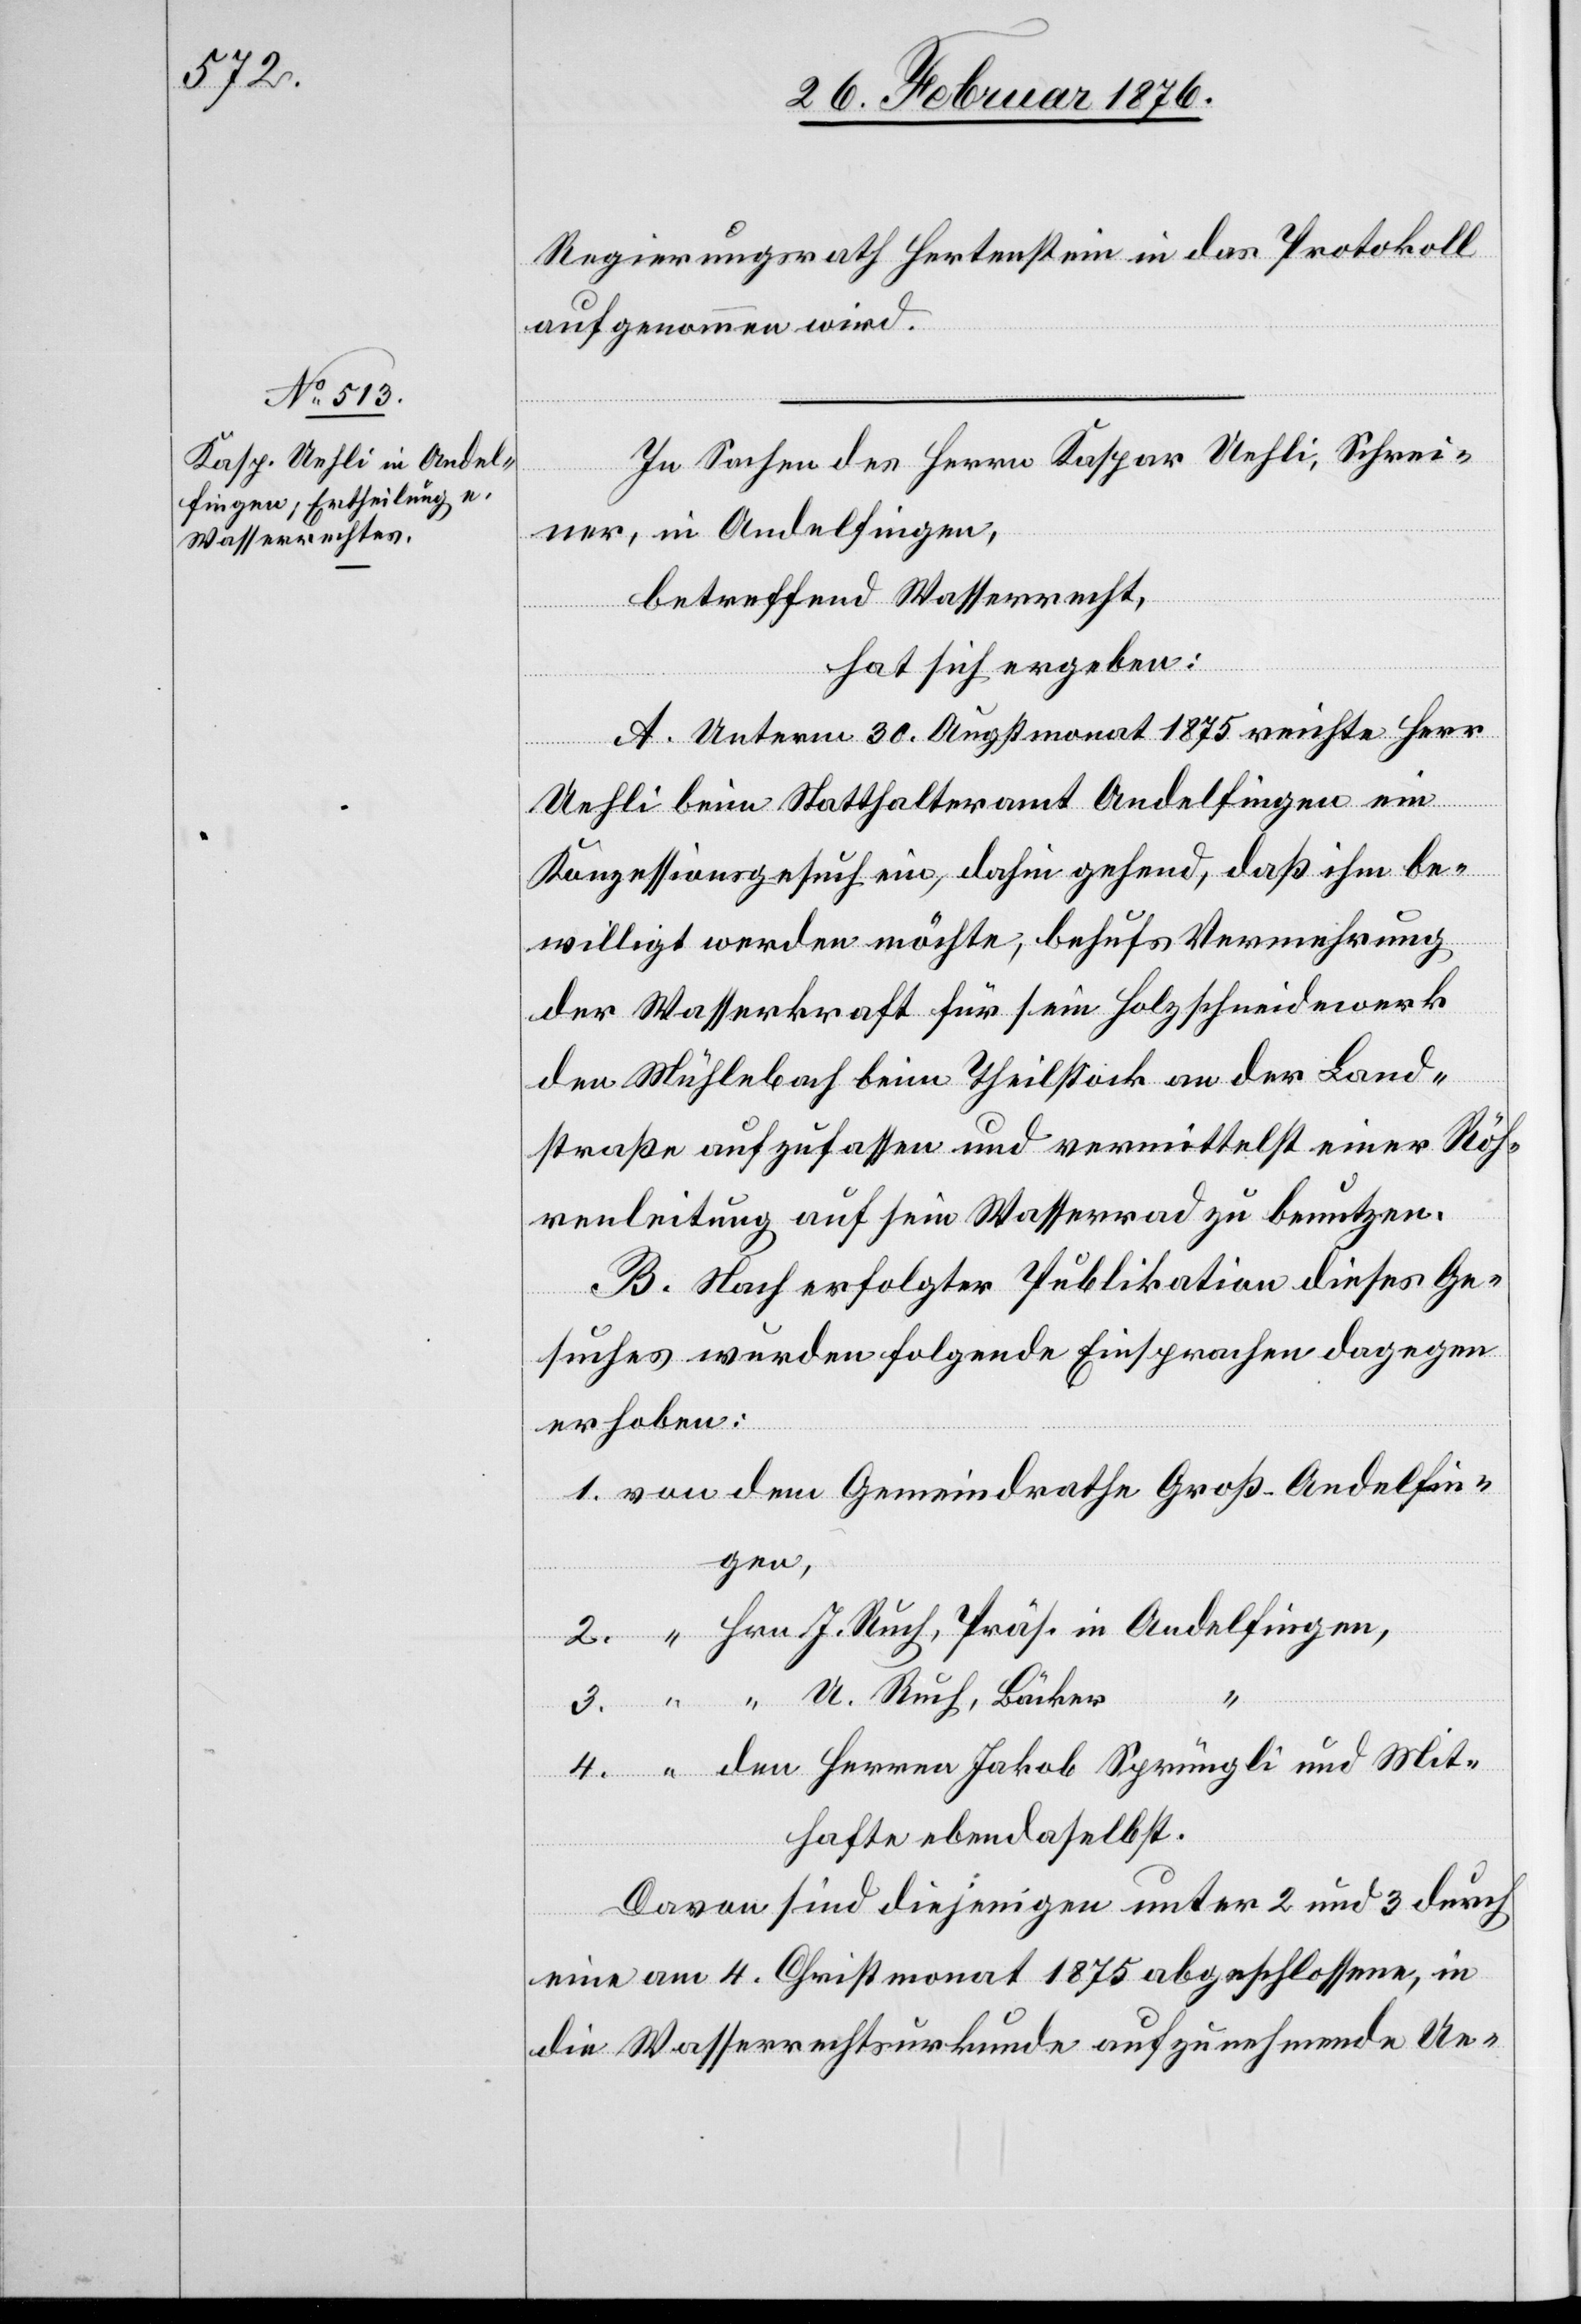
Regierungsrath Hertenstein in das Protokoll
aufgenommen wird.
In Sachen des Herrn Kaspar Uehli, Schrei¬
ner, in Andelfingen,
betreffend Wasserrecht,¨
und
hat sich ergeben:
A. Unterm 30. Augstmonat 1875 reichte Herr
Uehli beim Statthalteramt Andelfingen ein
Konzessionsgesuch ein, dahin gehend, daß ihm be¬
willigt werden möchte, behufs Vermehrung
der Wasserkraft für sein Holzschneidewerk
den Mühlebach beim Theilstock an der Land¬
straße aufzulassen und vermittelst einer Röh¬
renleitung auf sein Wasserrad zu benutzen.
B. Nach erfolgter Publikation dieses Ge¬
suchs wurden folgende Einsprachen dagegen
erhoben:
Davon sind diejenigen unter 2 und 3 durch
eine am 4. Christmonat 1875 abgeschlossene, in
die Wasserrechtsurkunde aufzunehmende Ue-